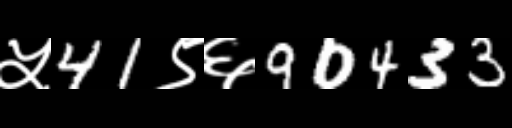
Text: ५41९६90433